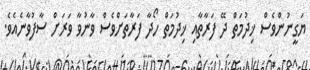
ޔަގީނުންވެސް ޚިދުމަތް ދޭ ފަރާތާއި ޚިދުމަތް ހޯދާ ފަރާތަށްވެސް ވާނުވާ ވަރަށް ސާފުވާނެއެވެ.